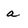
Character: a